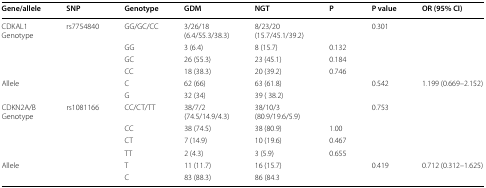
<table><thead><tr><td><b>Gene/allele</b></td><td><b>SNP</b></td><td><b>Genotype</b></td><td><b>GDM</b></td><td><b>NGT</b></td><td><b>P</b></td><td><b>P value</b></td><td><b>OR (95% CI)</b></td></tr></thead><tbody><tr><td rowspan="4">CDKAL1Genotype</td><td rowspan="6">rs7754840</td><td>GG/GC/CC</td><td>3/26/18(6.4/55.3/38.3)</td><td>8/23/20(15.7/45.1/39.2)</td><td></td><td>0.301</td><td></td></tr><tr><td>GG</td><td>3 (6.4)</td><td>8 (15.7)</td><td>0.132</td><td></td><td></td></tr><tr><td>GC</td><td>26 (55.3)</td><td>23 (45.1)</td><td>0.184</td><td></td><td></td></tr><tr><td>CC</td><td>18 (38.3)</td><td>20 (39.2)</td><td>0.746</td><td></td><td></td></tr><tr><td rowspan="2">Allele</td><td>C</td><td>62 (66)</td><td>63 (61.8)</td><td></td><td>0.542</td><td>1.199 (0.669–2.152)</td></tr><tr><td>G</td><td>32 (34)</td><td>39 ( 38.2)</td><td></td><td></td><td></td></tr><tr><td rowspan="4">CDKN2A/BGenotype</td><td rowspan="6">rs1081166</td><td>CC/CT/TT</td><td>38/7/2(74.5/14.9/4.3)</td><td>38/10/3(80.9/19.6/5.9)</td><td></td><td>0.753</td><td></td></tr><tr><td>CC</td><td>38 (74.5)</td><td>38 (80.9)</td><td>1.00</td><td></td><td></td></tr><tr><td>CT</td><td>7 (14.9)</td><td>10 (19.6)</td><td>0.467</td><td></td><td></td></tr><tr><td>TT</td><td>2 (4.3)</td><td>3 (5.9)</td><td>0.655</td><td></td><td></td></tr><tr><td rowspan="2">Allele</td><td>T</td><td>11 (11.7)</td><td>16 (15.7)</td><td></td><td>0.419</td><td>0.712 (0.312–1.625)</td></tr><tr><td>C</td><td>83 (88.3)</td><td>86 (84.3</td><td></td><td></td><td></td></tr></tbody></table>